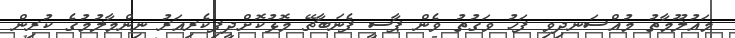
މައުލޫމާތު މުއްސަނދިވި ފަހު ވަގުތު ވެން ޕާސީ ފެނަބާޗޭ މޮޅުކޮށްދީފިކެރިއަރު ނިންމާލުމުގެ ކުރިން